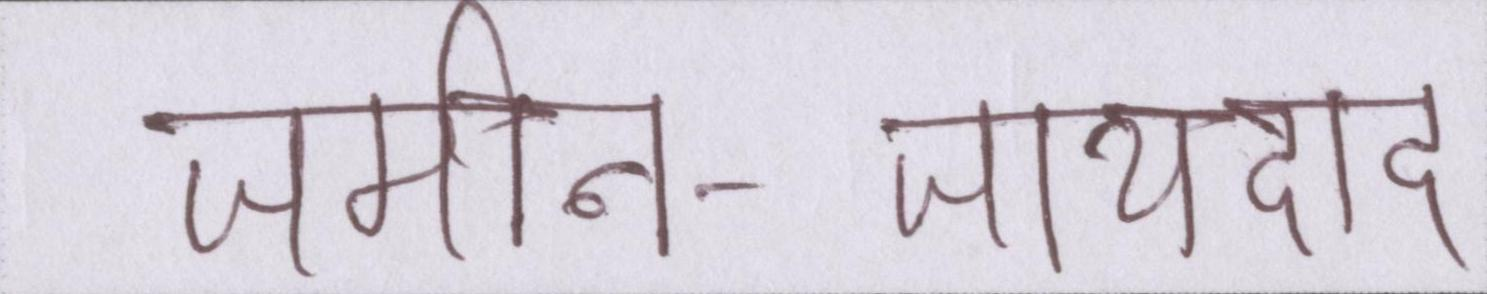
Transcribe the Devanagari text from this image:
जमीन-जायदाद